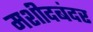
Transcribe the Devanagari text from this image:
मशीदबंदर